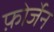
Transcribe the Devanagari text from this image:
फ़ोर्जेन